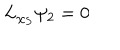
L _ { \chi _ { S } } \psi _ { 2 } = 0